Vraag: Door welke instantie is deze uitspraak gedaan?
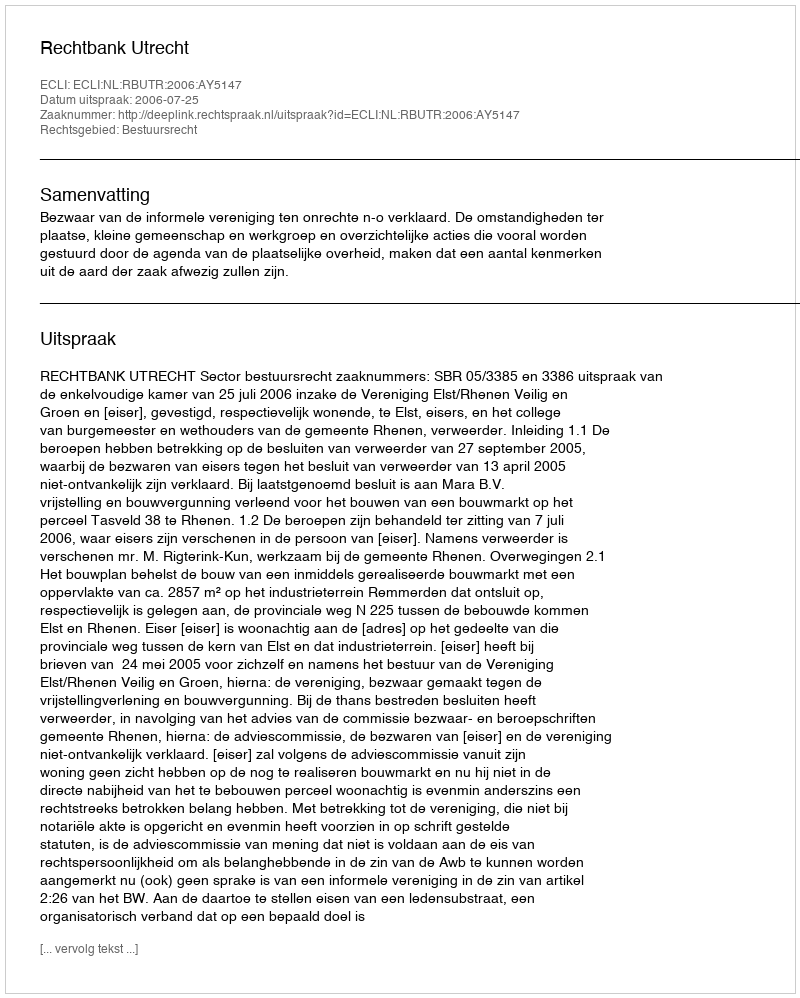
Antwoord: Rechtbank Utrecht